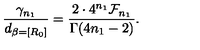
\frac { \gamma _ { n _ { 1 } } } { d _ { \beta = [ R _ { 0 } ] } } = \frac { 2 \cdot 4 ^ { n _ { 1 } } { \cal F } _ { n _ { 1 } } } { \Gamma ( 4 n _ { 1 } - 2 ) } .